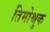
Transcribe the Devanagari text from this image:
तिमोश्चुक